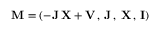
{ \mathbf M } = ( - { \mathbf J } \, { \mathbf X } + { \mathbf V } \, , \, { \mathbf J } \, , \, { \mathbf X } \, , \, { \mathbf I } )